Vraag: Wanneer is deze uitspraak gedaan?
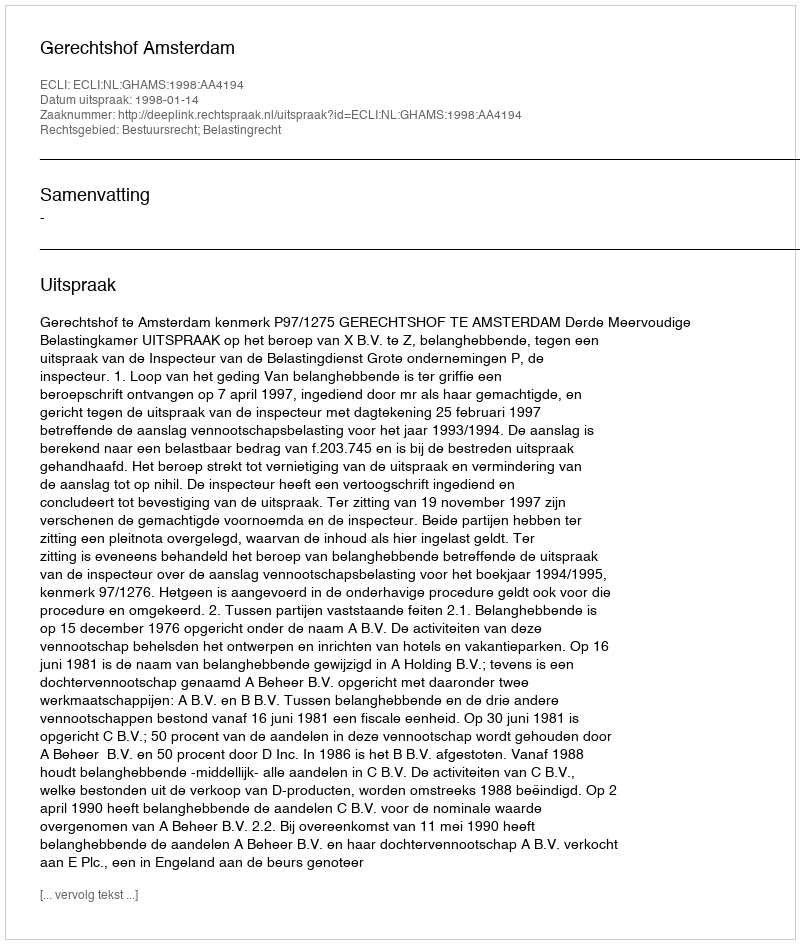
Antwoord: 1998-01-14